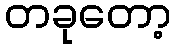
တခုတော့